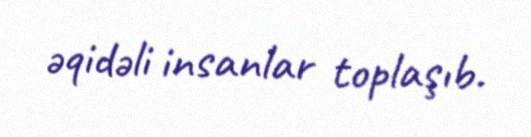
əqidəli insanlar toplaşıb.